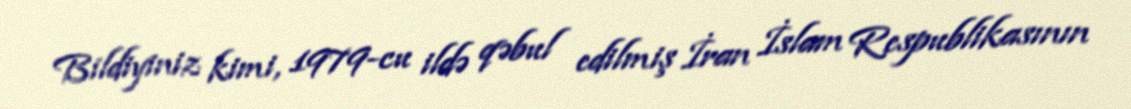
Bildiyiniz kimi, 1979-cu ildə qəbul edilmiş İran İslam Respublikasının